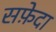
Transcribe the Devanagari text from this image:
सफ़ेदा